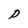
Character: P